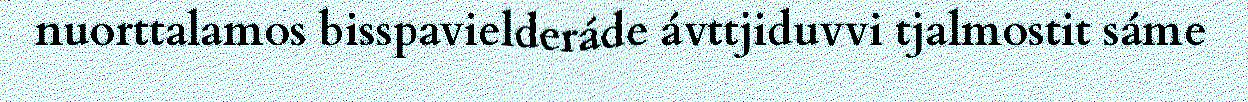
nuorttalamos bisspavielderáde ávttjiduvvi tjalmostit sáme